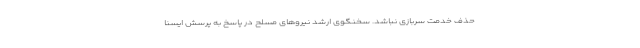
حذف خدمت سربازی نباشد. سخنگوی ارشد نیروهای مسلح در پاسخ به پرسش ایسنا